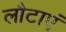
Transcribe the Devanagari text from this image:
लौटाएं